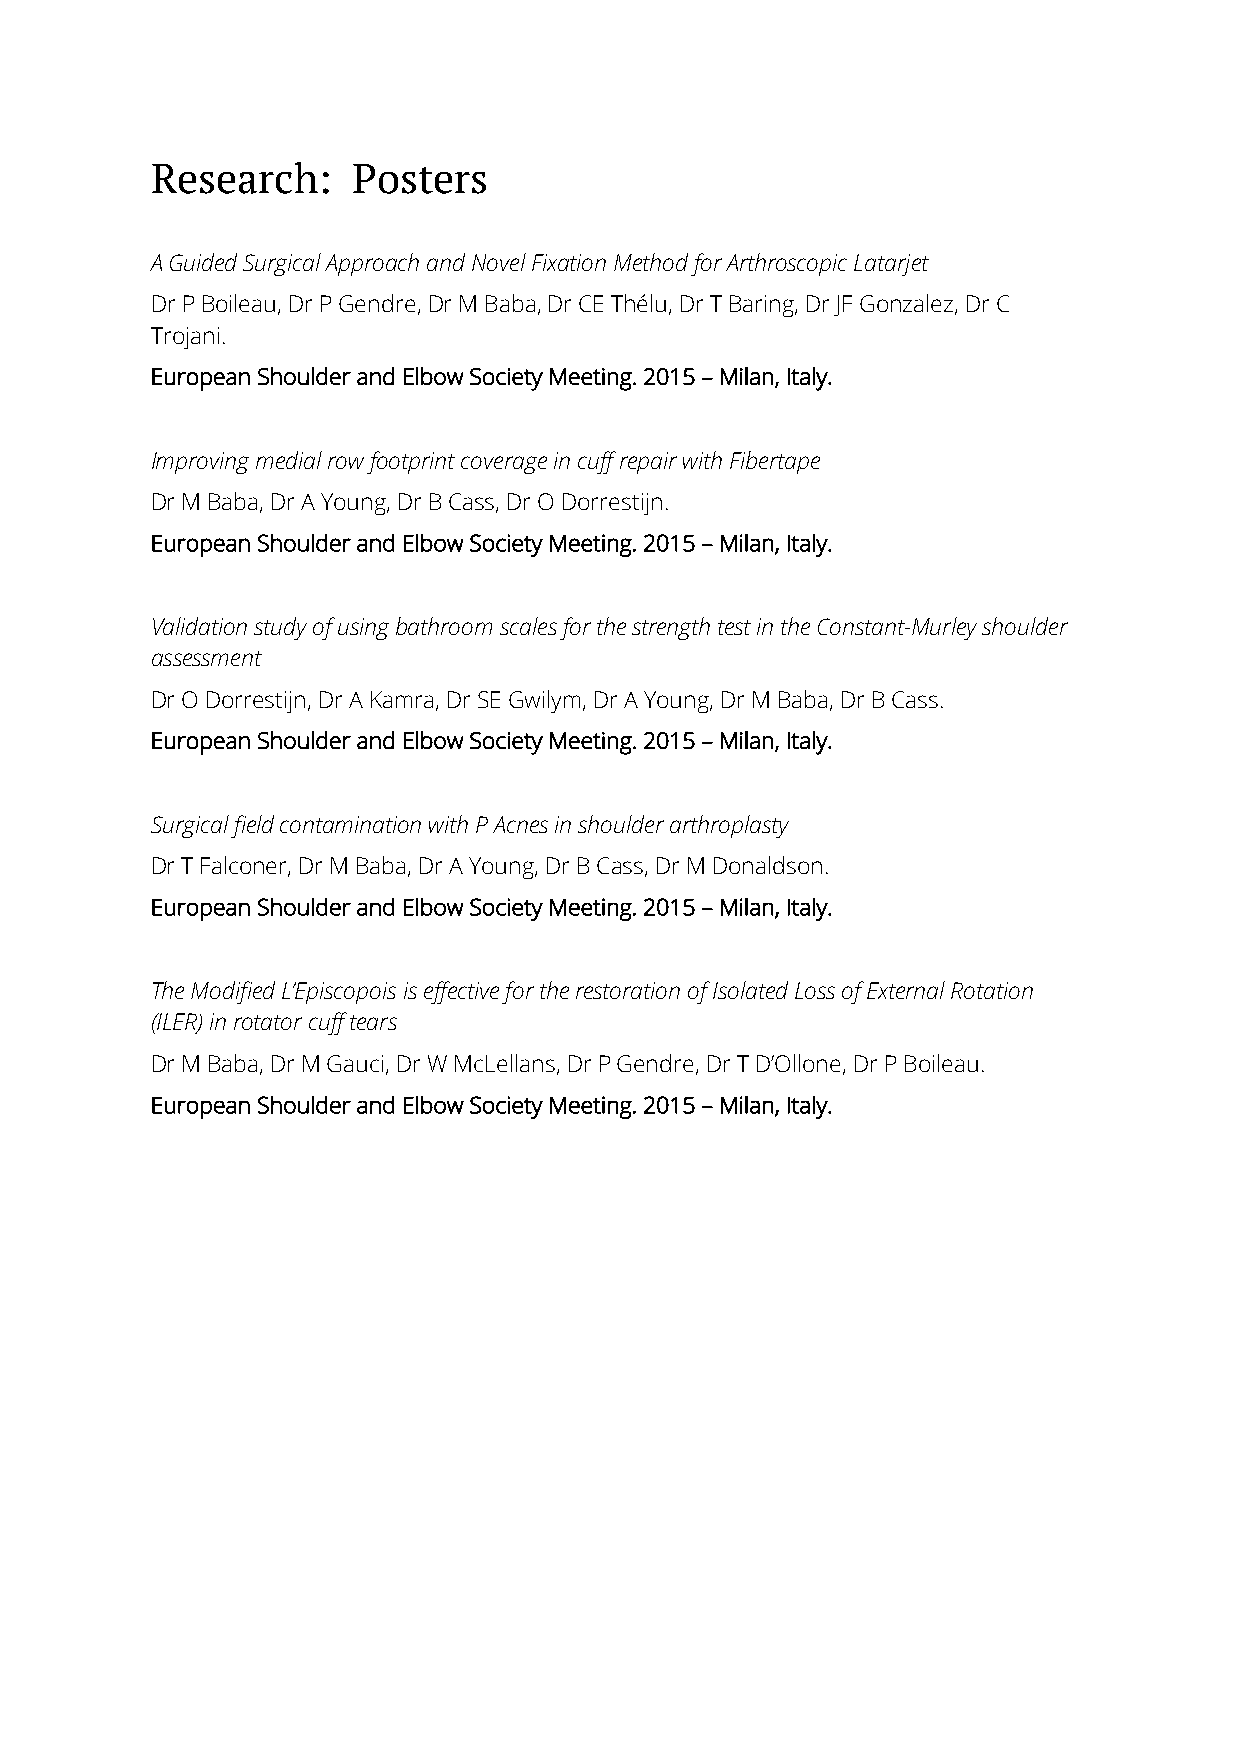
Research:    Posters
 A Guided Surgical Approach and Novel Fixation Method for Arthroscopic Latarjet
 Dr P Boileau, Dr P Gendre, Dr M Baba, Dr CE Thélu, Dr T Baring, Dr JF Gonzalez, Dr C
 Trojani.
 European Shoulder and Elbow Society Meeting. 2015 – Milan, Italy.
 Improving medial row footprint coverage in cuff repair with Fibertape
 Dr M Baba, Dr A Young, Dr B Cass, Dr O Dorrestijn.
 European Shoulder and Elbow Society Meeting. 2015 – Milan, Italy.
 Validation study of using bathroom scales for the strength test in the Constant-Murley shoulder
 assessment
 Dr O Dorrestijn, Dr A Kamra, Dr SE Gwilym, Dr A Young, Dr M Baba, Dr B Cass.
 European Shoulder and Elbow Society Meeting. 2015 – Milan, Italy.
 Surgical field contamination with P Acnes in shoulder arthroplasty
 Dr T Falconer, Dr M Baba, Dr A Young, Dr B Cass, Dr M Donaldson.
 European Shoulder and Elbow Society Meeting. 2015 – Milan, Italy.
 The Modified L’Episcopois is effective for the restoration of Isolated Loss of External Rotation
 (ILER) in rotator cuff tears
 Dr M Baba, Dr M Gauci, Dr W McLellans, Dr P Gendre, Dr T D’Ollone, Dr P Boileau.
 European Shoulder and Elbow Society Meeting. 2015 – Milan, Italy.